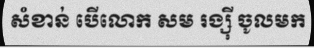
សំខាន់ បើលោក សម រង្ស៊ី ចូលមក